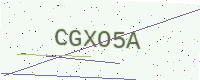
Text: CGXO5A